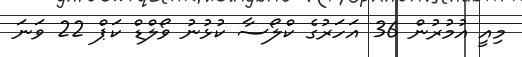
މިއީ އުމުރުން 36 އަހަރުގެ ކްލޯސާ ކުޅުނު ވޯލްޑް ކަޕް 22 ވަނަ